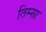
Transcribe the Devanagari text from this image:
तिम्सा